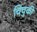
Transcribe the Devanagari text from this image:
चिचुकी